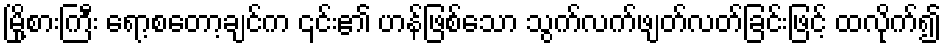
မြို့စားကြီး ရော့စတော့ချင်က ၎င်း၏ ဟန်ဖြစ်သော သွက်လက်ဖျတ်လတ်ခြင်းဖြင့် ထလိုက်၍